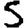
Digit: 5